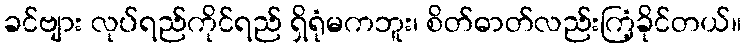
ခင်ဗျား လုပ်ရည်ကိုင်ရည် ရှိရုံမကဘူး၊ စိတ်ဓာတ်လည်းကြံ့ခိုင်တယ်။